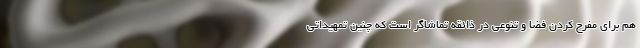
هم برای مفرح کردن فضا و تنوعی در ذائقه تماشاگر است که چنین تمهیداتی